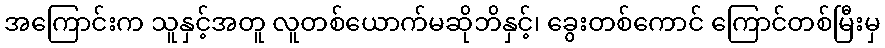
အကြောင်းက သူနှင့်အတူ လူတစ်ယောက်မဆိုဘိနှင့်၊ ခွေးတစ်ကောင် ကြောင်တစ်မြီးမှ